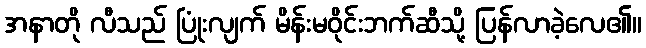
အနာတို လီသည် ပြုံးလျက် မိန်းမဝိုင်းဘက်ဆီသို့ ပြန်လာခဲ့လေ၏။